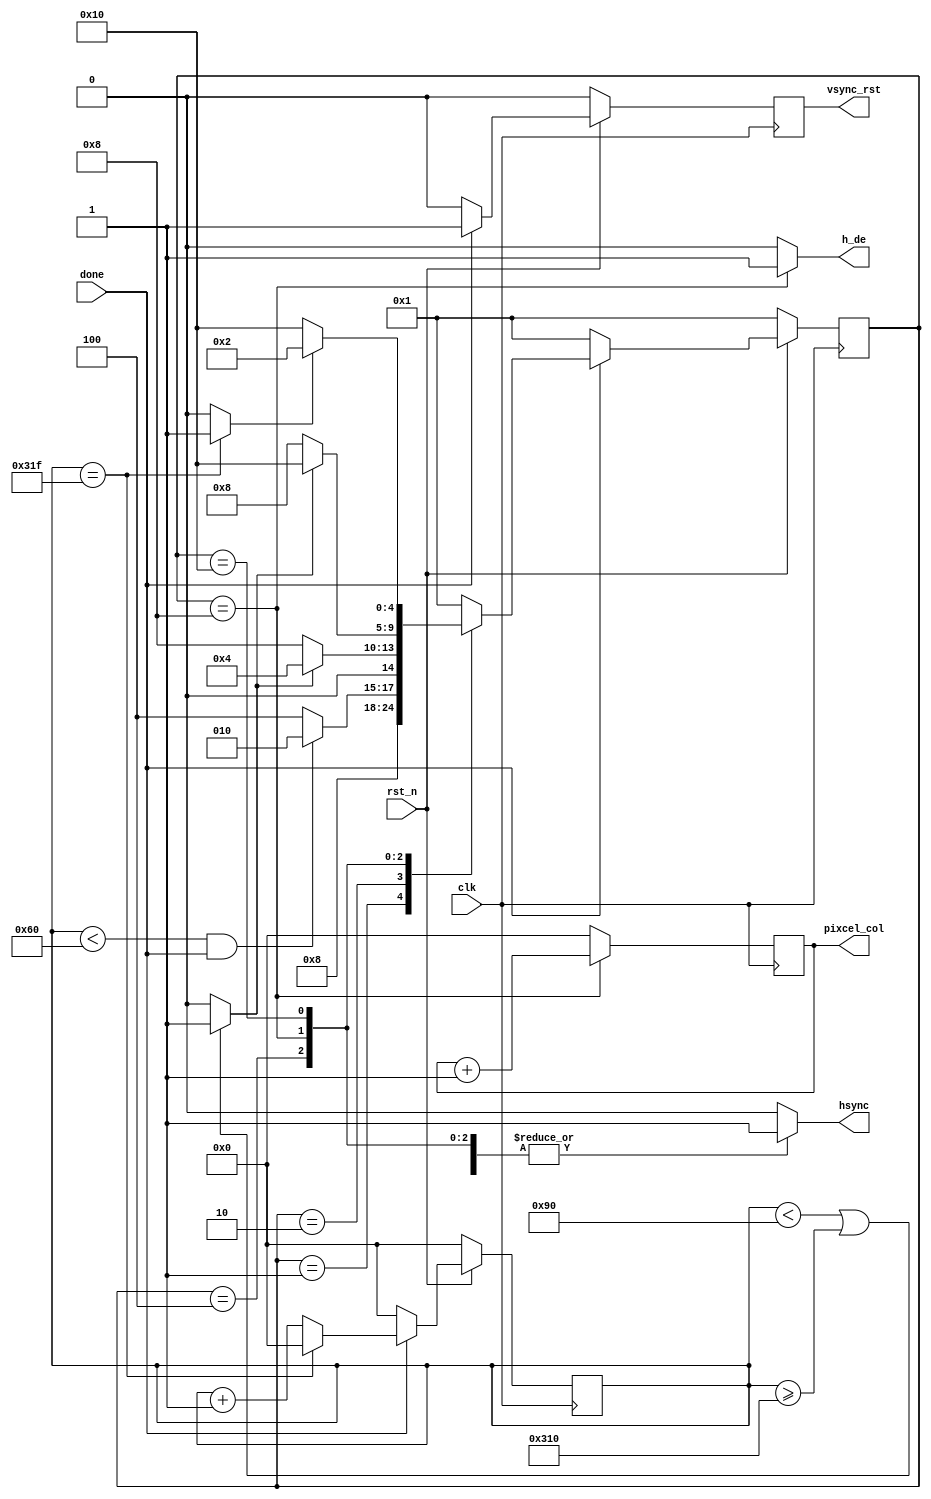
`timescale 1ns / 1ps
//////////////////////////////////////////////////////////////////////////////////
// Company: 
// Engineer: 
// 
// Design Name: 
// Module Name:    hsync 
// Project Name: 
// Target Devices: 
// Tool versions: 
// Description: 
//
// Dependencies: 
//
// Revision: 
// Revision 0.01 - File Created
// Additional Comments: 
//
//////////////////////////////////////////////////////////////////////////////////
module h_sync(
		input 			clk,
		input				rst_n,
		input    		done,
		output	reg	vsync_rst,
		output	reg	hsync,
		output	reg	h_de,
		output 	[9:0]	pixcel_col
);	  

	parameter	PULSE_LENGTH=96;
	parameter	BACK_PORCH=48;
	parameter	ACTIVE_VIDEO=640;
	parameter	FRONT_PORCH=16;
	
	reg	[9:0]	TOTAL_COUNT=PULSE_LENGTH+BACK_PORCH+ACTIVE_VIDEO+FRONT_PORCH; //800
	reg	[9:0]	BLANK_MIN=PULSE_LENGTH + BACK_PORCH; 
	reg	[9:0]	BLANK_MAX=PULSE_LENGTH+BACK_PORCH+ACTIVE_VIDEO;
		
	reg	[9:0]	count_h, ap_cnt;
	reg		ap_cnt_clr;
	
	assign	pixcel_col=ap_cnt;//ap_cnt

//--------------------------------------------------------------------------//	

	//---define for state machine for hsync signal---------------------------------
	parameter	IDLE		=	5'b00001,
				Sp	=	5'b00010,
				Bp	=	5'b00100,
				Ap	=	5'b01000,
				Fp	=	5'b10000;
	reg	[4:0]	cur_state;
	reg	[4:0]	nex_state; 

	
	always @(posedge clk) 
	begin
		if(!rst_n) count_h<=0;
		else if(done)
		begin
			if(count_h==TOTAL_COUNT-1)
				count_h<=0; 
			else count_h<=count_h+1; 
		end
		else count_h<=0;
	end

	assign	gate=(count_h==TOTAL_COUNT-1) ? 1'b1 : 1'b0;//
	assign	blank=(count_h<BLANK_MIN || count_h>=BLANK_MAX) ? 1'b1 : 1'b0;//blank1
	assign	sync_n=((count_h<PULSE_LENGTH)&&done) ? 1'b0 : 1'b1;//
	
		
	always@(posedge clk)
	begin
		if(!rst_n)
		begin
			cur_state	<=	IDLE;
			vsync_rst	<= 	0;
		end
		else if(done)
		begin
			cur_state	<=	nex_state;
			vsync_rst 	<= 	1;
		end
		else
		begin
			cur_state	<=	IDLE;
			vsync_rst	<= 	0;
		end
		end				

	always@* begin//
		case(cur_state)
			IDLE:begin
				ap_cnt_clr<=1;
				hsync	<=1;
				h_de		<=0;					
				nex_state	<=	Sp;end			
			Sp:begin
				ap_cnt_clr<=1;
				hsync	<=0;
				h_de		<=0;								
				if(sync_n)	nex_state	<=	Bp;//hsync=0Bp
				else nex_state	<=	Sp;end
			Bp:begin
				ap_cnt_clr<=1;
				hsync	<=1;
				h_de		<=0;								
				if(!blank)	nex_state	<=	Ap;//Ap
				else	nex_state	<=	Bp;end
			Ap:begin
				ap_cnt_clr<=0;
				hsync	<=1;
				h_de		<=1;//ap_cnt_clr<=0;h_de<=1;
				if(blank) nex_state	<=	Fp;//Fp
				else	nex_state	<=	Ap;end			
			Fp:begin
				ap_cnt_clr<=1;
				hsync	<=1;
				h_de		<=0;				 
				if(gate)nex_state	<=	Sp;//
				else	nex_state	<=	Fp;end
			default:begin
				ap_cnt_clr<=1;
				hsync	<=0;
				h_de		<=0;	
				nex_state	<=	IDLE;end
		endcase
	end					
    
	always @(posedge clk)begin                                                  
		if(ap_cnt_clr)  ap_cnt<=0;                  
		else	ap_cnt<=ap_cnt+1;//
	end

endmodule